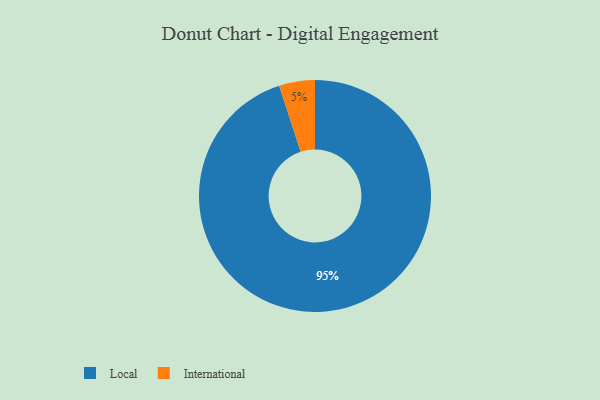
{"axis": {"x": "Category", "y": "Percentage"}, "legend": ["International", "Local"], "data": [{"x": "International", "y": 5, "type": "International"}, {"x": "Local", "y": 95, "type": "Local"}]}